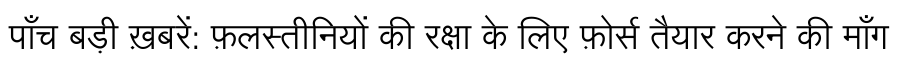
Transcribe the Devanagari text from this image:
पाँच बड़ी ख़बरें: फ़लस्तीनियों की रक्षा के लिए फ़ोर्स तैयार करने की माँग